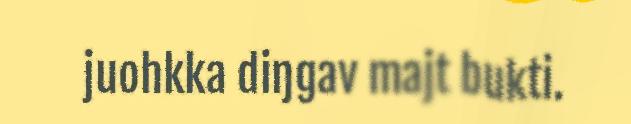
juohkka diŋgav majt bukti.